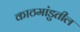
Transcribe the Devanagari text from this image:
काठमांडुतील